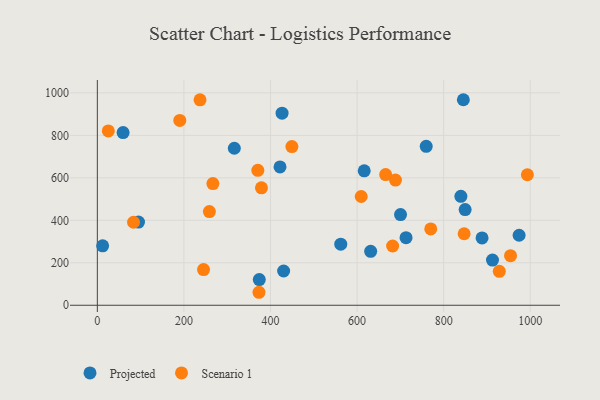
{"axis": {"x": "Engine Size", "y": "Sales"}, "legend": ["Projected", "Scenario 1"], "data": [{"x": "974.3", "y": 329.7, "type": "Projected"}, {"x": "616.5", "y": 633.2, "type": "Projected"}, {"x": "759.7", "y": 748.3, "type": "Projected"}, {"x": "849.6", "y": 450.5, "type": "Projected"}, {"x": "845.5", "y": 967.8, "type": "Projected"}, {"x": "95.1", "y": 391.9, "type": "Projected"}, {"x": "839.8", "y": 512.7, "type": "Projected"}, {"x": "59.5", "y": 813.2, "type": "Projected"}, {"x": "12.2", "y": 279.9, "type": "Projected"}, {"x": "426.7", "y": 904.6, "type": "Projected"}, {"x": "422.0", "y": 651.2, "type": "Projected"}, {"x": "430.3", "y": 161.3, "type": "Projected"}, {"x": "316.4", "y": 739.3, "type": "Projected"}, {"x": "912.8", "y": 212.7, "type": "Projected"}, {"x": "631.4", "y": 254.1, "type": "Projected"}, {"x": "374.1", "y": 120.9, "type": "Projected"}, {"x": "700.4", "y": 426.8, "type": "Projected"}, {"x": "888.7", "y": 316.8, "type": "Projected"}, {"x": "562.3", "y": 287.8, "type": "Projected"}, {"x": "713.1", "y": 318.4, "type": "Projected"}, {"x": "190.4", "y": 870.1, "type": "Scenario 1"}, {"x": "954.5", "y": 233.3, "type": "Scenario 1"}, {"x": "449.4", "y": 747.4, "type": "Scenario 1"}, {"x": "688.7", "y": 589.6, "type": "Scenario 1"}, {"x": "83.6", "y": 390.8, "type": "Scenario 1"}, {"x": "373.4", "y": 61.1, "type": "Scenario 1"}, {"x": "258.8", "y": 441.2, "type": "Scenario 1"}, {"x": "666.0", "y": 615.2, "type": "Scenario 1"}, {"x": "993.4", "y": 614.6, "type": "Scenario 1"}, {"x": "379.1", "y": 552.9, "type": "Scenario 1"}, {"x": "847.3", "y": 336.6, "type": "Scenario 1"}, {"x": "682.1", "y": 279.0, "type": "Scenario 1"}, {"x": "928.5", "y": 159.7, "type": "Scenario 1"}, {"x": "237.2", "y": 967.1, "type": "Scenario 1"}, {"x": "770.2", "y": 359.6, "type": "Scenario 1"}, {"x": "266.9", "y": 573.1, "type": "Scenario 1"}, {"x": "245.3", "y": 168.2, "type": "Scenario 1"}, {"x": "609.6", "y": 512.1, "type": "Scenario 1"}, {"x": "25.3", "y": 820.7, "type": "Scenario 1"}, {"x": "370.7", "y": 635.2, "type": "Scenario 1"}]}